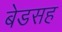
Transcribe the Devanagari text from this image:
बेडसह